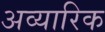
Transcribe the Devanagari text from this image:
अव्यारिक